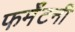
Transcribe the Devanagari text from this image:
फर्मॅटनी